Madras plague regulations and rules - Volume 2
Disease focus: Plague
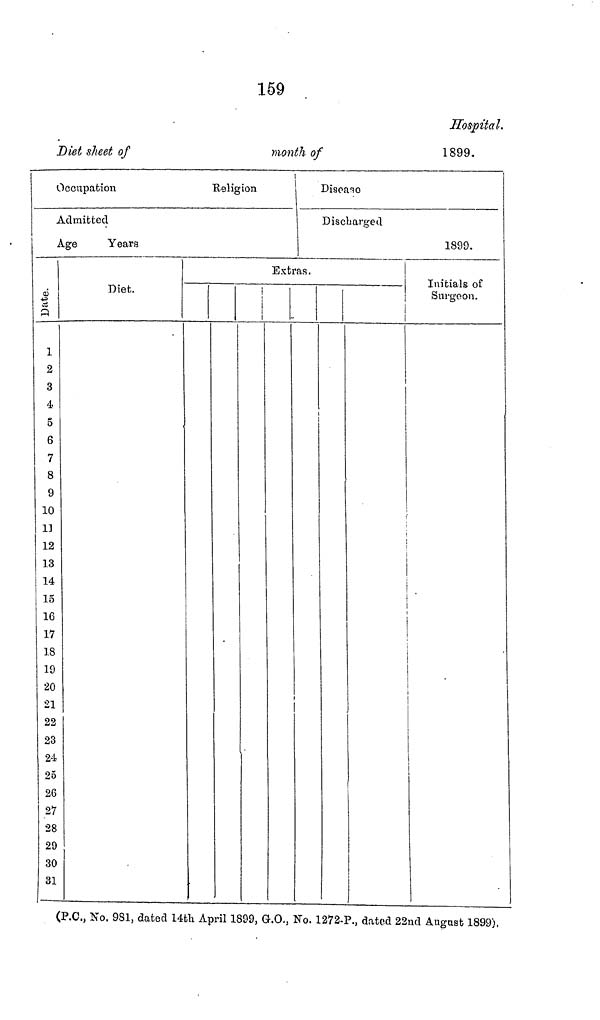
159
Hospital.
Diet sheet of
month of
1899.
Occupation
Religion
Admitted
Age
Date
1
2
3
4
5
6
7
9
10
1]
12
13
14
15
16
17
18
19
20
21
22
23
24
25
26
27
28
29
30
31
Years
Diet.
Disease
Discharged
Extras.
1899.
Initials of
Surgeon.
(P.C., No. 981, dated 14th April 1899, G.O., No. 1272-P., dated 22nd August 1899),